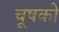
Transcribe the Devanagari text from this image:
चूषको